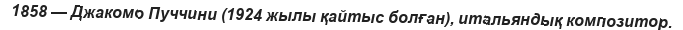
1858 — Джакомо Пуччини (1924 жылы қайтыс болған), итальяндық композитор.